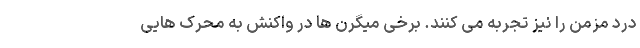
درد مزمن را نیز تجربه می کنند. برخی میگرن ها در واکنش به محرک هایی